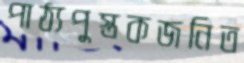
পাঠ্যপুস্তকজনিত